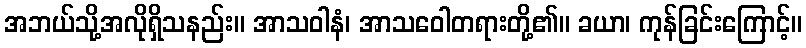
အဘယ်သို့အလိုရှိသနည်း။ အာသဝါနံ၊ အာသဝေါတရားတို့၏။ ခယာ၊ ကုန်ခြင်းကြောင့်။